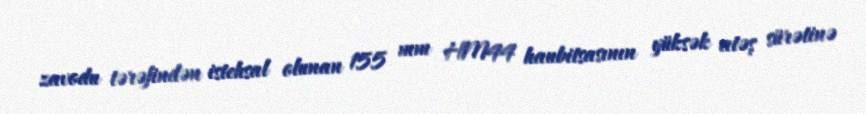
zavodu tərəfindən istehsal olunan 155 mm HM44 haubitsasının yüksək atəş sürətinə